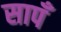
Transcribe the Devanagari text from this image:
सापँ